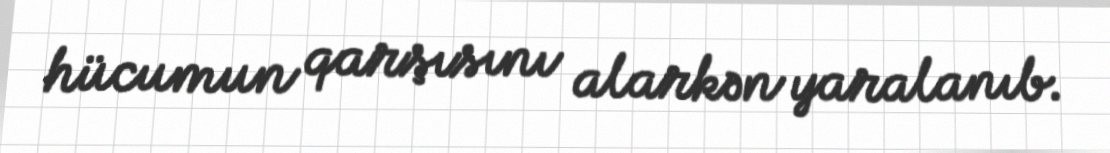
hücumun qarşısını alarkən yaralanıb.